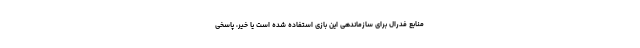
منابع فدرال برای سازماندهی این بازی استفاده شده است یا خیر، پاسخی